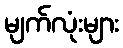
မျက်လုံးများ